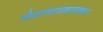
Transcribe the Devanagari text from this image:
मोटारसायकलवरून